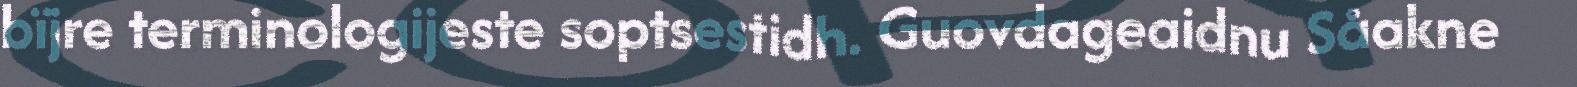
bïjre terminologijeste soptsestidh. Guovdageaidnu Såakne